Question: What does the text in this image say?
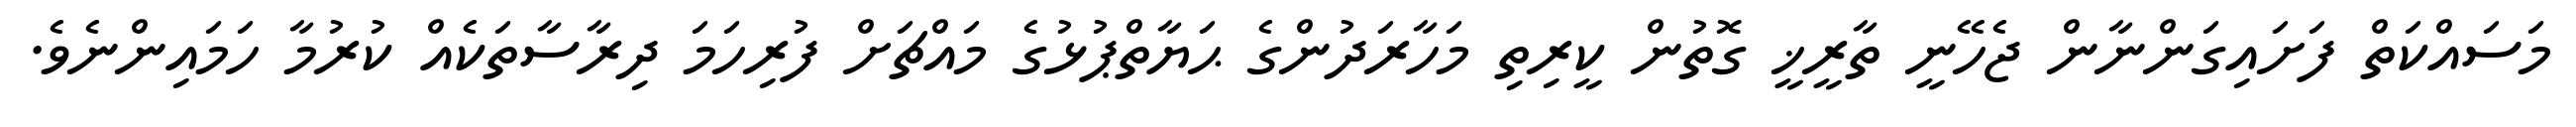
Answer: މަސައްކަތް ފަށައިގަންނާން ޖެހޭނީ ތާރީޚީ ގޮތުން ކީރިތި މަހާރަދުންގެ ޙަޔާތްޕުޅުގެ މައްޗަށް ފުރިހަމަ ދިރާސާތަކެއް ކުރުމާ ހަމައިންނެވެ.